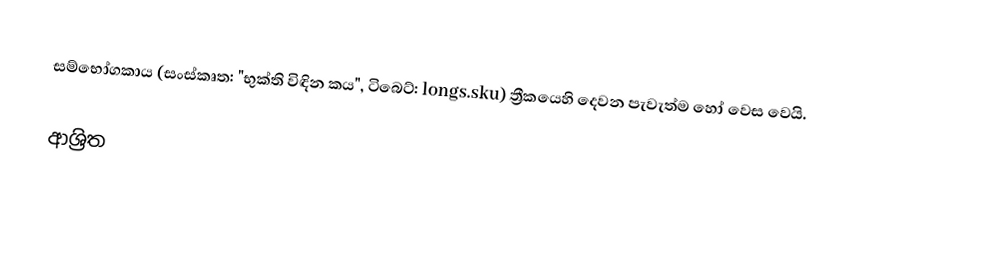
සම්භෝගකාය (සංස්කෘත: "භුක්ති විඳින කය", ටිබෙට්: longs.sku) ත්‍රීකයෙහි දෙවන පැවැත්ම හෝ වෙස වෙයි.

ආශ්‍රිත